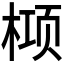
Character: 𬃛